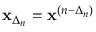
\mathbf { x } _ { \Delta _ { n } } = \mathbf { x } ^ { ( n - \Delta _ { n } ) }